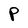
Character: P